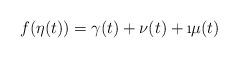
LaTeX: \begin{align*}f(\eta(t))=\gamma(t)+\nu(t)+\i\mu(t)\end{align*}